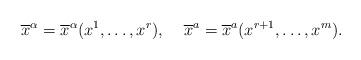
LaTeX: \begin{align*}\overline{x}^{\alpha}=\overline{x}^{\alpha}(x^{1},\dots,x^{r}),\;\;\;\; \overline{x}^{a}=\overline{x}^{a}(x^{r+1},\dots,x^{m}).\end{align*}